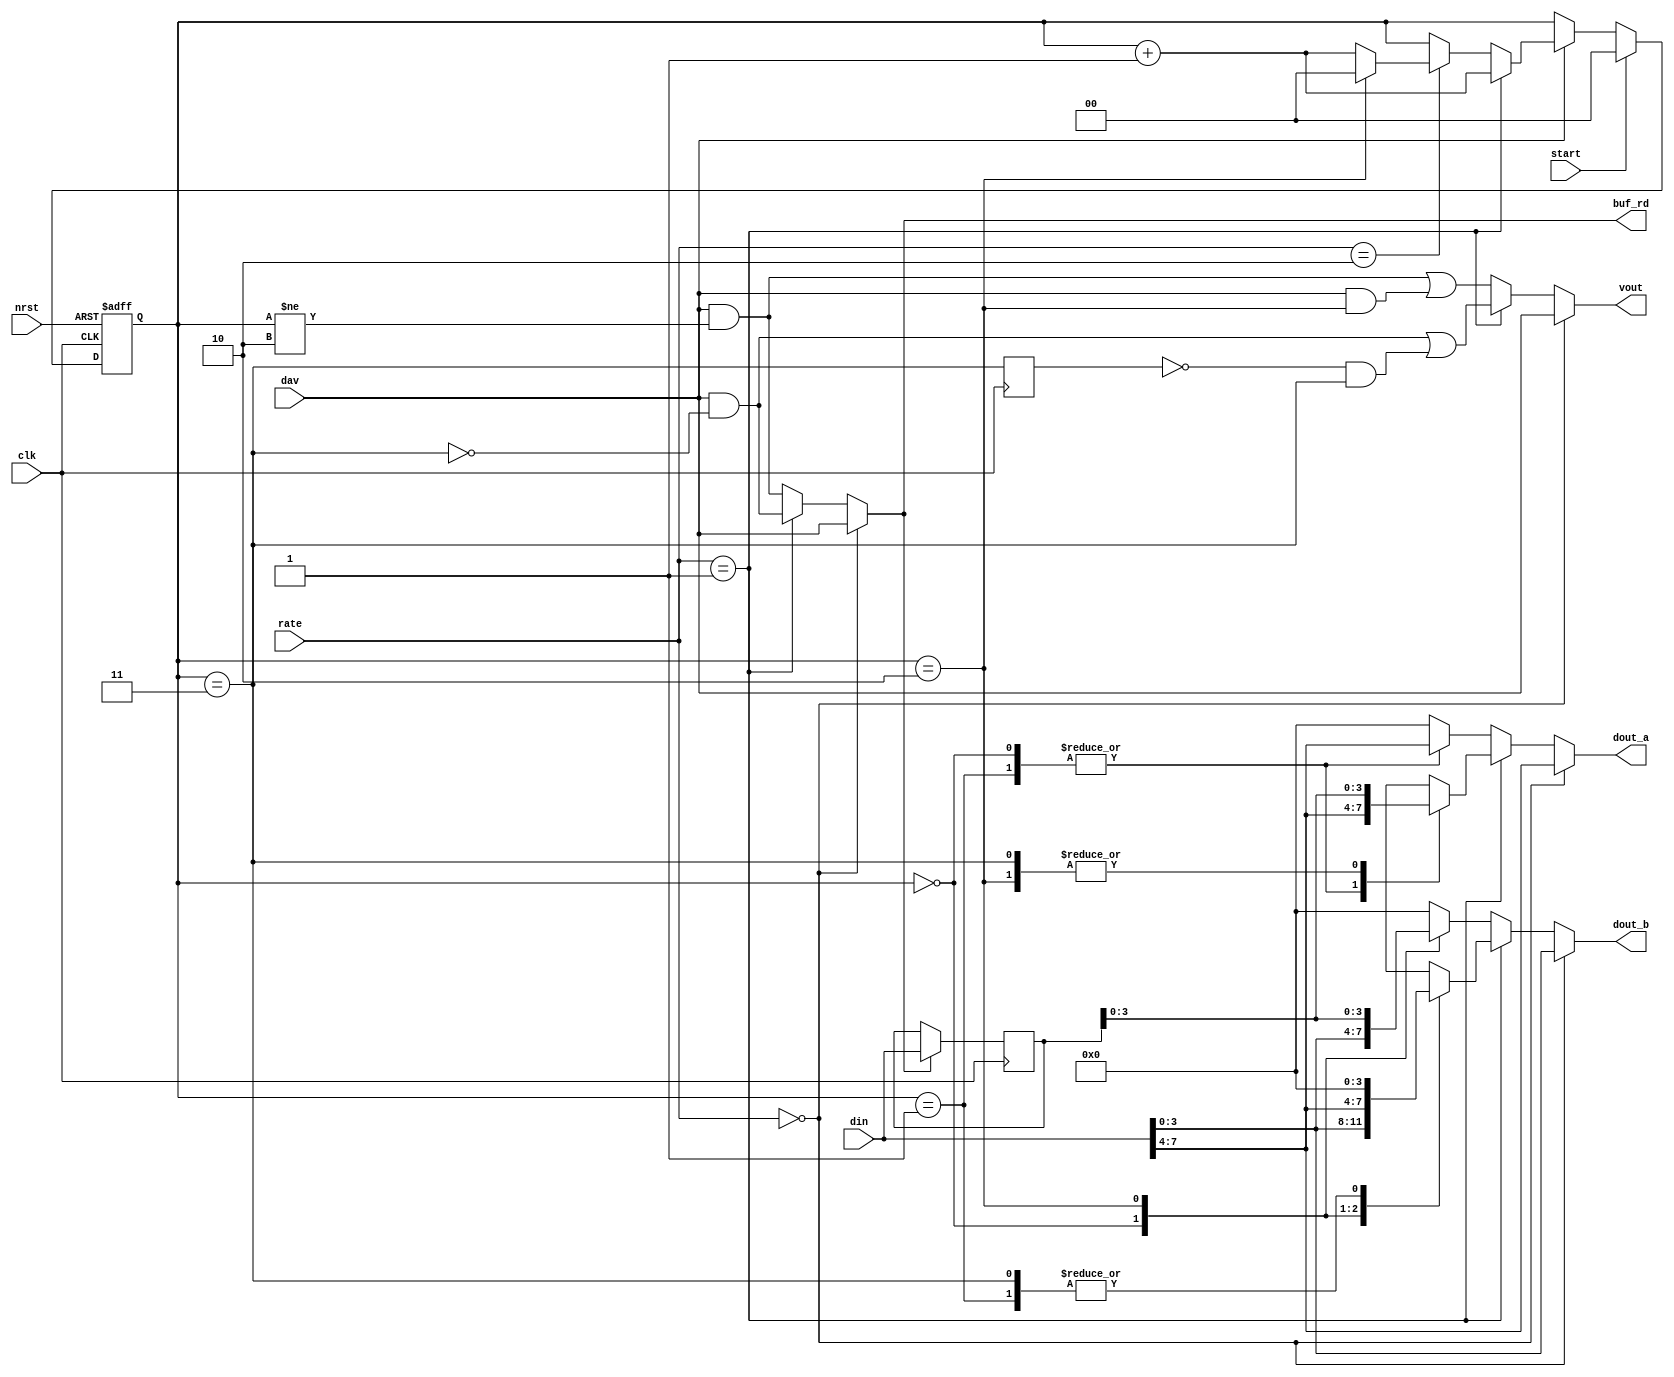
module depunc (
        clk         , 
        nrst        , 
        start       , 
        dav         ,   
        din         , 
        vout        , 
        dout_a      , 
        dout_b      , 
        buf_rd      , 
        rate            
        ) ;
parameter           SW = 4 ;        
input               clk ;
input               nrst ;
input               start ;
input               dav ;
input   [SW*2 -1:0] din ;
input   [1:0]       rate ;
output              vout ;
output  [SW -1:0]   dout_a ;
output  [SW -1:0]   dout_b ;
output              buf_rd ;
reg     [1:0]               cnt ;
wire                        rd ;
wire                        rd_r12 ;
wire                        rd_r34 ;
wire                        rd_r23 ;
wire                        r23_ext ;
reg                         r23_ext_s0 ;
wire                        r34_ext ;
reg     [SW -1:0]           app_i_r34 ; 
reg     [SW -1:0]           app_q_r34 ;
reg     [SW -1:0]           app_i_r23 ; 
reg     [SW -1:0]           app_q_r23 ;
wire    [SW -1:0]           app_i_r12 ; 
wire    [SW -1:0]           app_q_r12 ;
wire    [SW -1:0]           app_i_mux ; 
wire    [SW -1:0]           app_q_mux ;
wire                        app_valid ;
wire    [SW*2 -1:0]         iq_data_buf ;
reg     [SW*2 -1:0]         iq_data_buf_lat ;
assign buf_rd = rd ;
assign dout_a = app_i_mux ;
assign dout_b = app_q_mux ;
assign vout = app_valid ;
always @ (posedge clk or negedge nrst)
  if (~nrst)
    cnt <= 0 ;
  else if (start)
    cnt <= 0 ;
  else if (dav)
  begin
    if (rate == 1)
      cnt <= cnt + 1 ;  
    else if (rate ==2)
      cnt <= (cnt == 2 ? 0 : cnt +1) ;    
  end
assign rd_r12 = dav ;
assign r23_ext = cnt == 3 ;
always @ (posedge clk)
  r23_ext_s0 <= r23_ext ;
assign r23_ext_p = ~r23_ext_s0 & r23_ext ;
assign rd_r23 = dav & ~r23_ext ; 
assign rd_r34 = dav & (cnt != 2) ; 
assign r34_ext = dav & (cnt == 2) ;
assign rd = rate == 0 ? rd_r12 : rate == 1 ? rd_r23 : rd_r34 ;
assign iq_data_buf = din ;
always @ (posedge clk)
  if (rd)
    iq_data_buf_lat <= iq_data_buf ;
always @*
begin
  app_i_r23 = 0 ;
  app_q_r23 = 0 ;
  case (cnt)
  0: begin
    app_i_r23 = iq_data_buf [SW*2 -1 : SW] ;
    app_q_r23 = iq_data_buf [SW -1: 0] ;
  end
  1: begin
    app_i_r23 = iq_data_buf [SW*2 -1 : SW] ;
    app_q_r23 = 0 ;
  end
  2: begin
    app_i_r23 = iq_data_buf_lat [SW -1: 0] ;
    app_q_r23 = iq_data_buf [SW*2 -1 : SW] ;
  end
  3: begin
    app_i_r23 = iq_data_buf_lat [SW -1: 0] ;
    app_q_r23 = 0 ;
  end  
  endcase
end
always @*
begin
  app_i_r34 = 0 ;
  app_q_r34 = 0 ;
  case (cnt)
  0: begin
    app_i_r34 = iq_data_buf [SW*2 -1 : SW] ;
    app_q_r34 = iq_data_buf [SW -1: 0] ;
  end
  1: begin
    app_i_r34 = iq_data_buf [SW*2 -1 : SW] ;
    app_q_r34 = 0 ;
  end
  2: begin
    app_i_r34 = 0 ;
    app_q_r34 = iq_data_buf_lat [SW -1: 0] ;
  end
  default: begin
    app_i_r34 = 0 ;
    app_q_r34 = 0 ;
  end  
  endcase
end
assign app_i_r12 = iq_data_buf [SW*2 -1 : SW] ;
assign app_q_r12 = iq_data_buf [SW -1: 0] ;
assign app_i_mux = rate == 0 ? app_i_r12 : rate == 1 ? app_i_r23 : app_i_r34 ;
assign app_q_mux = rate == 0 ? app_q_r12 : rate == 1 ? app_q_r23 : app_q_r34 ;
assign app_valid = rate == 0 ? rd_r12 : rate == 1 ? (rd_r23 | r23_ext_p) : (rd_r34 | r34_ext) ;
endmodule